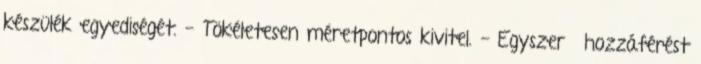
készülék egyediségét. - Tökéletesen méretpontos kivitel. - Egyszerű hozzáférést